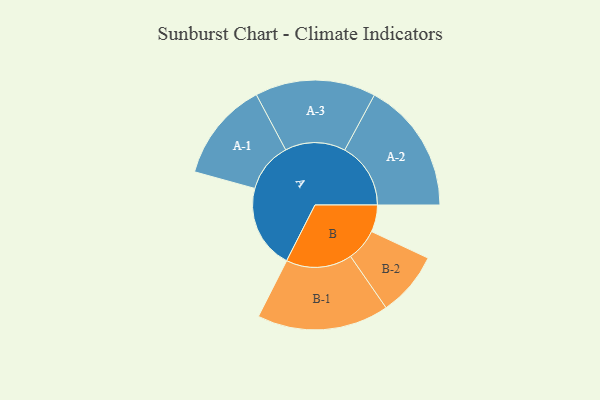
{"axis": {"x": "Segment", "y": "Value"}, "legend": ["", "A", "B"], "data": [{"x": "A", "y": 359, "type": ""}, {"x": "B", "y": 115, "type": ""}, {"x": "A-1", "y": 213, "type": "A"}, {"x": "A-2", "y": 282, "type": "A"}, {"x": "A-3", "y": 258, "type": "A"}, {"x": "B-1", "y": 282, "type": "B"}, {"x": "B-2", "y": 138, "type": "B"}]}